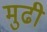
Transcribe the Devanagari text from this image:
मुढी